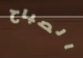
الصباح